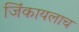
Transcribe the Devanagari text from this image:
जिंकायलाच